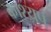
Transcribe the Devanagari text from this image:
काश्‍यप